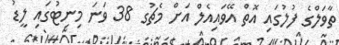
ތާވަލްގެ ފުލުގައި އޮތް އޭވައިއެލް އަށް މެޗުގ 38 ވަނަ މިނިޓުގައި ލީޑު